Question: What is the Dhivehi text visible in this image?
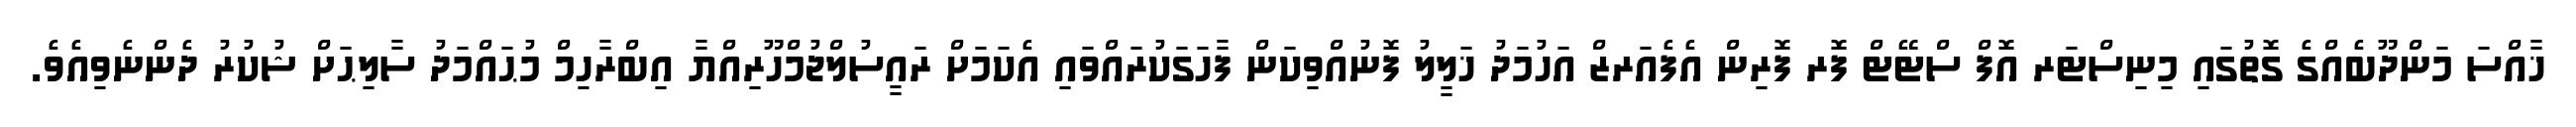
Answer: ޚާއްސަ މަންދޫބެއްގެ ގޮތުގައި މިނިސްޓަރ އޮފް ސްޓޭޓް ފޮރ ފޮރިން އެފެއަރޒް އަހުމަދު ޚަލީލު ފޮނުއްވިކަން ފާހަގަކުރައްވައި އެކަމަށް ރައީސުލްޖުމްހޫރިއްޔާ އިބްރާހިމް މުޙައްމަދު ސާލިޙަށް ޝުކުރު ދެންނެވިއެވެ.